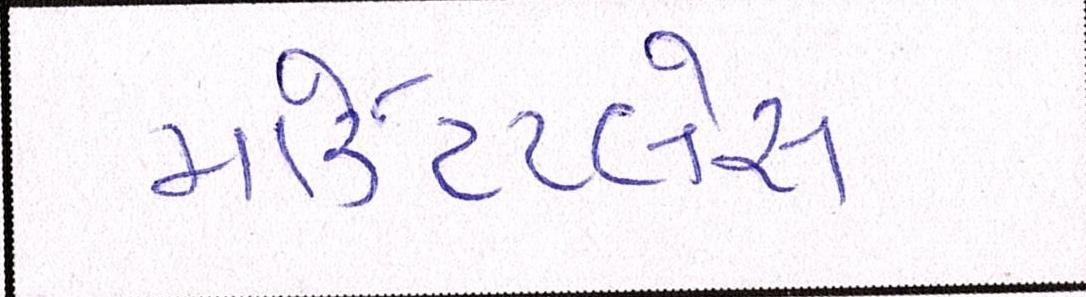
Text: માર્કેટપ્લેસ